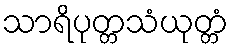
သာရိပုတ္တသံယုတ္တံ